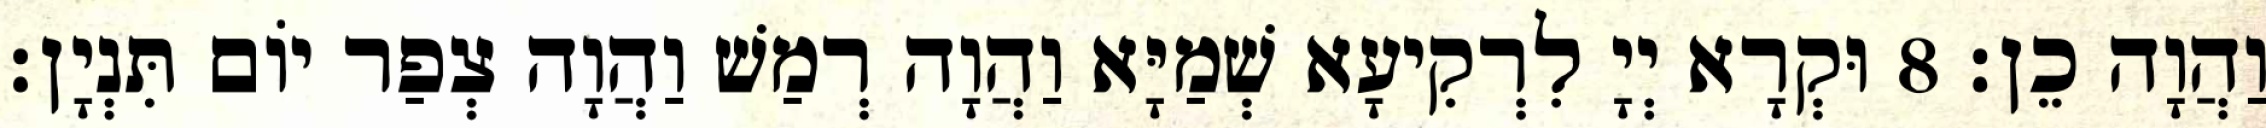
וַהֲוָה כֵן׃ 8 וּקְרָא יְיָ לִרְקִיעָא שְׁמַיָּא וַהֲוָה רְמַשׁ וַהֲוָה צְפַר יוֹם תִּנְיָן׃